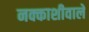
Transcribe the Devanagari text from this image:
नक्काशीवाले